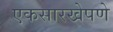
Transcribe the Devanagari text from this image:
एकसारखेपणे